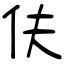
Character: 伕